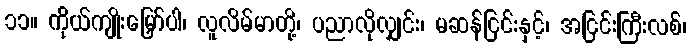
၁၁။ ကိုယ်ကျိုးမြှော်ပါ၊ လူလိမ်မာတို့၊ ပညာလိုလျှင်း၊ မဆန်ငြင်းနှင့်၊ အငြင်းကြီးလစ်၊